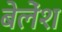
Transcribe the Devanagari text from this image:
बेलेंश